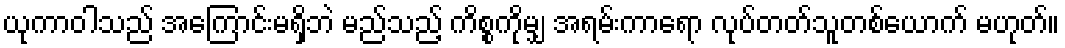
ယုကာဝါသည် အကြောင်းမရှိဘဲ မည်သည့် ကိစ္စကိုမျှ အရမ်းကာရော လုပ်တတ်သူတစ်ယောက် မဟုတ်။